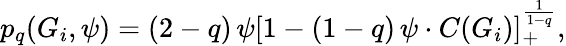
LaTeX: p_{q}(G_{i},\psi)=(2-q)\, \psi\left[1-(1-q)\, \psi\cdot C(G_{i})\right]_{+}^{\frac{1}{1-q}},